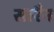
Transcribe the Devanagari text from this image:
सारैन